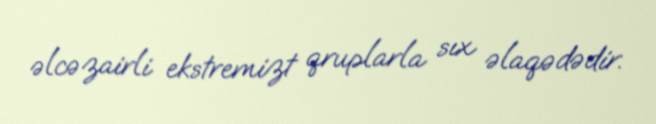
əlcəzairli ekstremizt qruplarla sıx əlaqədədir.